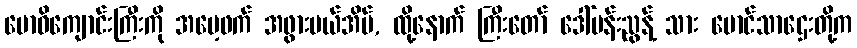
ဗောဓိကျောင်းကြီးကို အမေ့ဖက် အဖွားမယ်အိမ်, ထို့နောက် ကြီးတော် ဒေါ်မန်းညွန့် သား မောင်သာဌေးတို့က